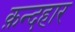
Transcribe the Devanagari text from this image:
क़न्दहार